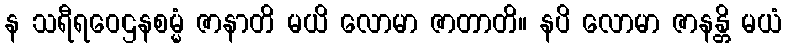
န သရီရဝေဌနစမ္မံ ဇာနာတိ မယိ လောမာ ဇာတာတိ။ နပိ လောမာ ဇာနန္တိ မယံ